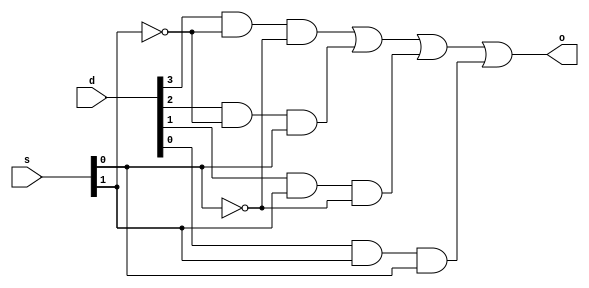
// Edward Prokopik

module MuxMod( s, d, o);
    input [1:0] s;
    input [0:3] d;
    output o;

    wire [0:1] s_inv;
    wire [0:3] ands;

    not(s_inv[1], s[1]);
    not(s_inv[0], s[0]);
    and(ands[0], d[0], s_inv[1], s_inv[0]);
    and(ands[1], d[1], s_inv[1], s[0]);
    and(ands[2], d[2], s[1], s_inv[0]);
    and(ands[3], d[3], s[1], s[0]);
    or(o, ands[0], ands[1], ands[2], ands[3]);

endmodule

module TestMod;

   reg [0:1] s;
   reg [0:3] d;       
   wire o;                          

   MuxMod mux_n_mod (s, d, o); 

   initial begin
      $monitor("%0d\t%b\t%b\t%b",
             $time, s, d, o);
      $display("Time\ts\td\to");
      $display("-----------------------------------------------------------------");
   end

   initial begin
      s = 2'b00; d = 4'b0000; #1;
      s = 2'b00; d = 4'b0001; #1;
      s = 2'b00; d = 4'b0010; #1;
      s = 2'b00; d = 4'b0011; #1;
      s = 2'b00; d = 4'b0100; #1;
      s = 2'b00; d = 4'b0101; #1;
      s = 2'b00; d = 4'b0110; #1;
      s = 2'b00; d = 4'b0111; #1;
      s = 2'b00; d = 4'b1000; #1;
      s = 2'b00; d = 4'b1001; #1;
      s = 2'b00; d = 4'b1010; #1;
      s = 2'b00; d = 4'b1011; #1;
      s = 2'b00; d = 4'b1100; #1;
      s = 2'b00; d = 4'b1101; #1;
      s = 2'b00; d = 4'b1110; #1;
      s = 2'b00; d = 4'b1111; #1;

      s = 2'b01; d = 4'b0000; #1;
      s = 2'b01; d = 4'b0001; #1;
      s = 2'b01; d = 4'b0010; #1;
      s = 2'b01; d = 4'b0011; #1;
      s = 2'b01; d = 4'b0100; #1;
      s = 2'b01; d = 4'b0101; #1;
      s = 2'b01; d = 4'b0110; #1;
      s = 2'b01; d = 4'b0111; #1;
      s = 2'b01; d = 4'b1000; #1;
      s = 2'b01; d = 4'b1001; #1;
      s = 2'b01; d = 4'b1010; #1;
      s = 2'b01; d = 4'b1011; #1;
      s = 2'b01; d = 4'b1100; #1;
      s = 2'b01; d = 4'b1101; #1;
      s = 2'b01; d = 4'b1110; #1;
      s = 2'b01; d = 4'b1111; #1;

      s = 2'b10; d = 4'b0000; #1;
      s = 2'b10; d = 4'b0001; #1;
      s = 2'b10; d = 4'b0010; #1;
      s = 2'b10; d = 4'b0011; #1;
      s = 2'b10; d = 4'b0100; #1;
      s = 2'b10; d = 4'b0101; #1;
      s = 2'b10; d = 4'b0110; #1;
      s = 2'b10; d = 4'b0111; #1;
      s = 2'b10; d = 4'b1000; #1;
      s = 2'b10; d = 4'b1001; #1;
      s = 2'b10; d = 4'b1010; #1;
      s = 2'b10; d = 4'b1011; #1;
      s = 2'b10; d = 4'b1100; #1;
      s = 2'b10; d = 4'b1101; #1;
      s = 2'b10; d = 4'b1110; #1;
      s = 2'b10; d = 4'b1111; #1;

      s = 2'b11; d = 4'b0000; #1;
      s = 2'b11; d = 4'b0001; #1;
      s = 2'b11; d = 4'b0010; #1;
      s = 2'b11; d = 4'b0011; #1;
      s = 2'b11; d = 4'b0100; #1;
      s = 2'b11; d = 4'b0101; #1;
      s = 2'b11; d = 4'b0110; #1;
      s = 2'b11; d = 4'b0111; #1;
      s = 2'b11; d = 4'b1000; #1;
      s = 2'b11; d = 4'b1001; #1;
      s = 2'b11; d = 4'b1010; #1;
      s = 2'b11; d = 4'b1011; #1;
      s = 2'b11; d = 4'b1100; #1;
      s = 2'b11; d = 4'b1101; #1;
      s = 2'b11; d = 4'b1110; #1;
      s = 2'b11; d = 4'b1111; #1;

   end
endmodule